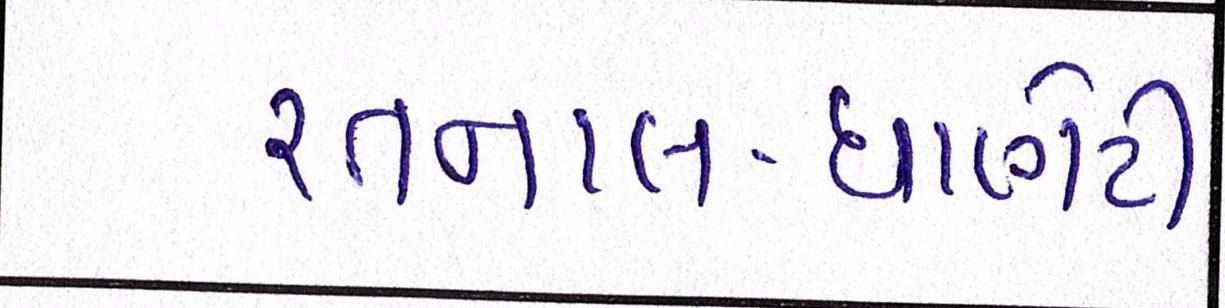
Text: રતનાલ-ધાણેટી